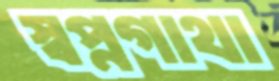
স্বপ্নগাথা